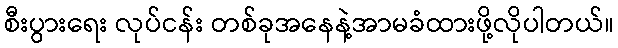
စီးပွားရေး လုပ်ငန်း တစ်ခုအနေနဲ့အာမခံထားဖို့လိုပါတယ်။